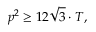
p ^ { 2 } \geq 1 2 { \sqrt { 3 } } \cdot T ,